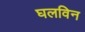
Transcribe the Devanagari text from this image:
घलविन